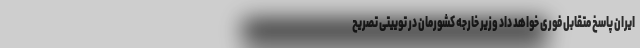
ایران پاسخ متقابل فوری خواهد داد وزیر خارجه کشورمان در توییتی تصریح